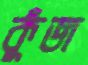
কুঁজ